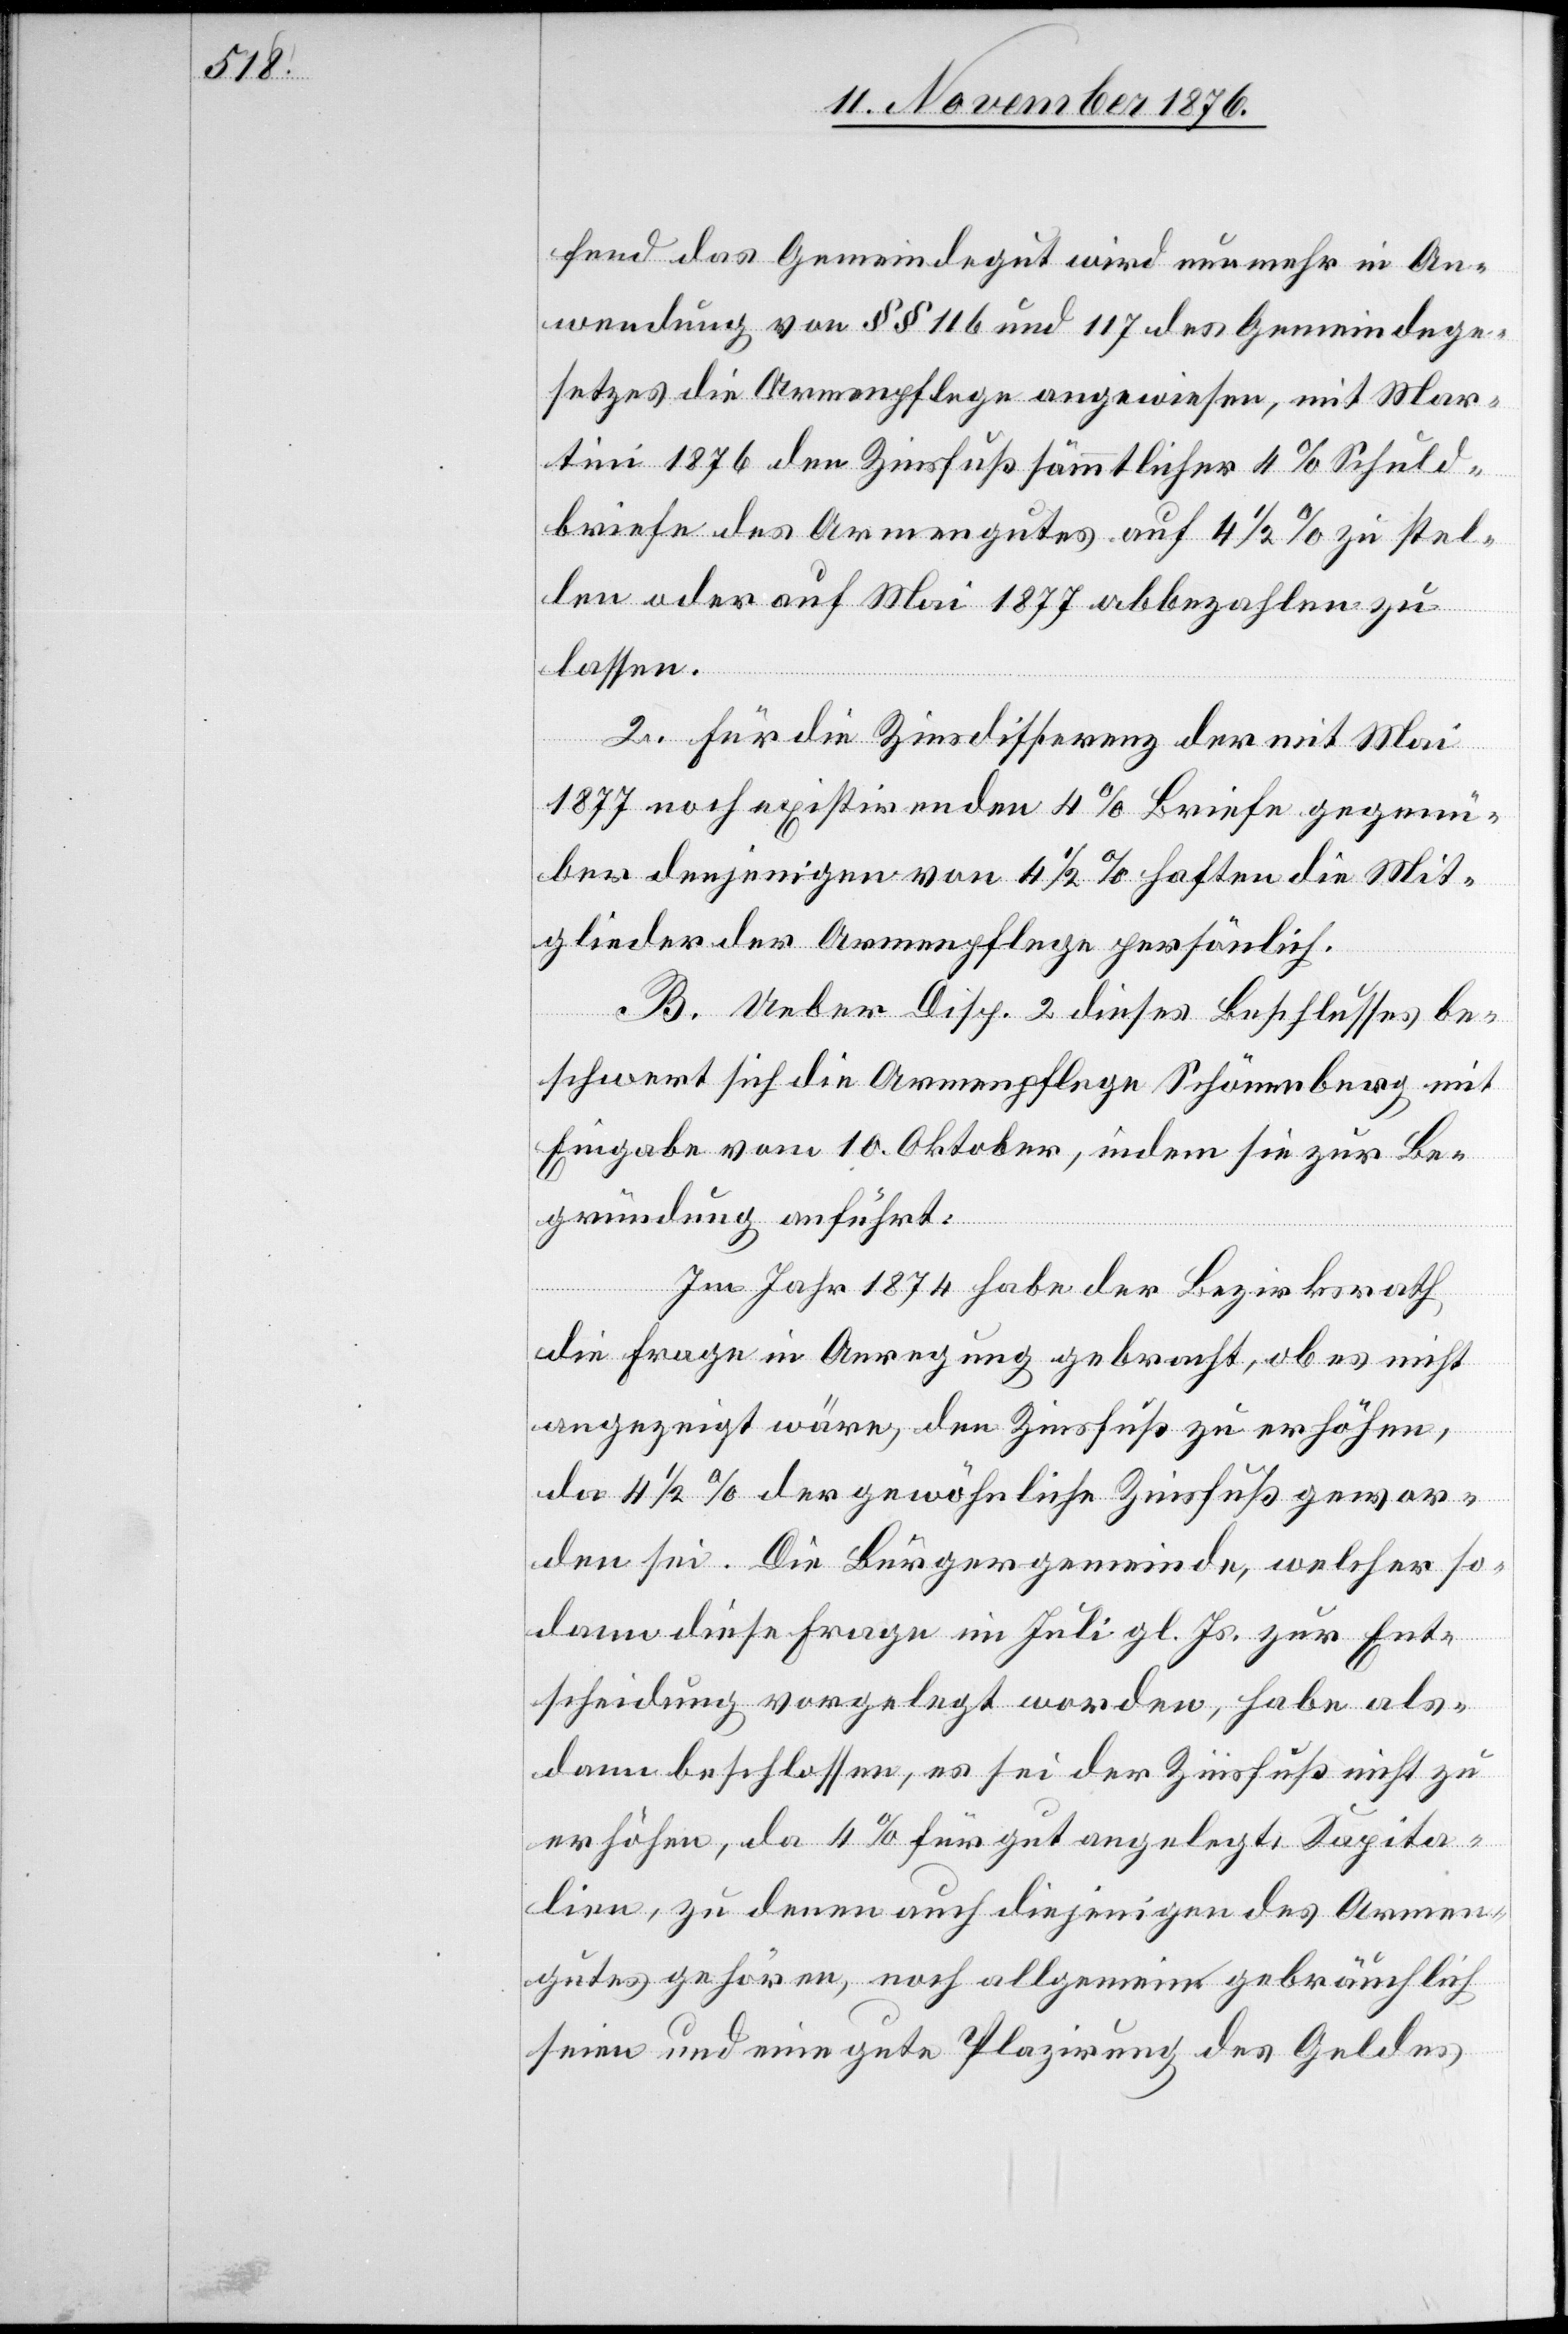
fend das Gemeindegut wird nunmehr in An¬
wendung von §§ 116 und 117 des Gemeindege¬
setzes die Armenpflege angewiesen, mit Mar¬
tini 1876 den Zinsfuß sämmtlicher 4% Schuld¬
briefe des Armengutes auf 4 1/2% zu stel¬
len oder auf Mai 1877 abbezahlen zu
lassen.
2. Für die Zinsdifferenz der mit Mai
1877 noch existirenden 4% Briefe gegenü¬
ber denjenigen von 4 1/2% haften die Mit¬
glieder der Armenpflege persönlich.
B. Ueber Disp. 2 dieses Beschlusses be¬
schwert sich die Armenpflege Schönenberg mit
Eingabe vom 10. Oktober, indem sie zur Be¬
gründung anführt:
Im Jahr 1874 habe der Bezirksrath
die Frage in Anregung gebracht, ob es nicht
angezeigt wäre, den Zinsfuß zu erhöhen,
da 4 1/2% der gewöhnliche Zinsfuß gewes¬
en sei. Die Bürgergemeinde, welcher so¬
dann diese Frage im Juli gl. Js. zur Ent¬
scheidung vorgelegt worden, habe als¬
dann beschlossen, es sei der Zinsfuß nicht zu
erhöhen, da 4% für gut angelegt, Kapita¬
lien, zu denen auch diejenigen des Armen¬
gutes gehören, noch allgemein gebräuchlich
seien und eine gute Plazirung des Geldes